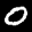
Label: 0